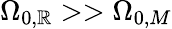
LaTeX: \Omega_{0,\mathbb{R}}>>\Omega_{0,M}